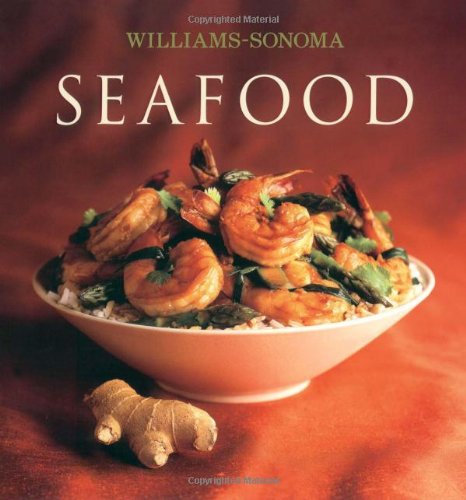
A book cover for Williams-Sonoma Collection: Seafood; Carolyn Miller; Cookbooks, Food & Wine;